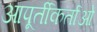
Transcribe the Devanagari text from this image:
आपूर्तीकर्ताओं